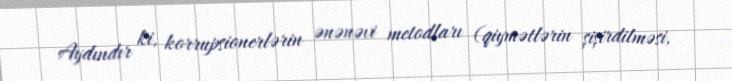
Aydındır ki, korrupsionerlərin ənənəvi metodları (qiymətlərin şişirdilməsi,